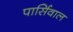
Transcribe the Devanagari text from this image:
पार्सिवाल